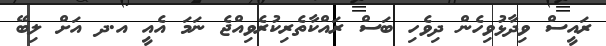
ރައީސް ވިދާޅުވިހެން ދިވެހި ބަސް ރައްކާތެރިކުރެވިއްޖެ ނަމަ އެއީ އ.ދ އަށް ލިބޭ